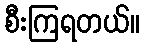
စီးကြရတယ်။